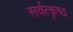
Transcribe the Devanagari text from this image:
सर्वत्कृष्ठ